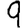
Digit: 9